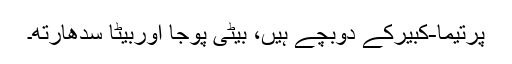
پرتیما-کبیرکے دوبچے ہیں، بیٹی پوجا اوربیٹا سدھارتھ۔